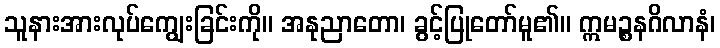
သူနားအားလုပ်ကျွေးခြင်းကို။ အနုညာတော၊ ခွင့်ပြုတော်မူ၏။ ဣမဉ္စနဂိလာနံ၊